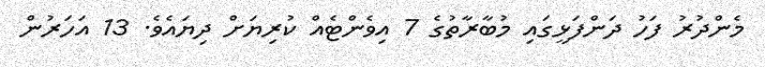
މެންދުރު ފަހު ދަންފަޅީގައި މުބާރާތުގެ 7 އިވެންޓެއް ކުރިޔަށް ދިޔައެވެ. 13 އަހަރުން